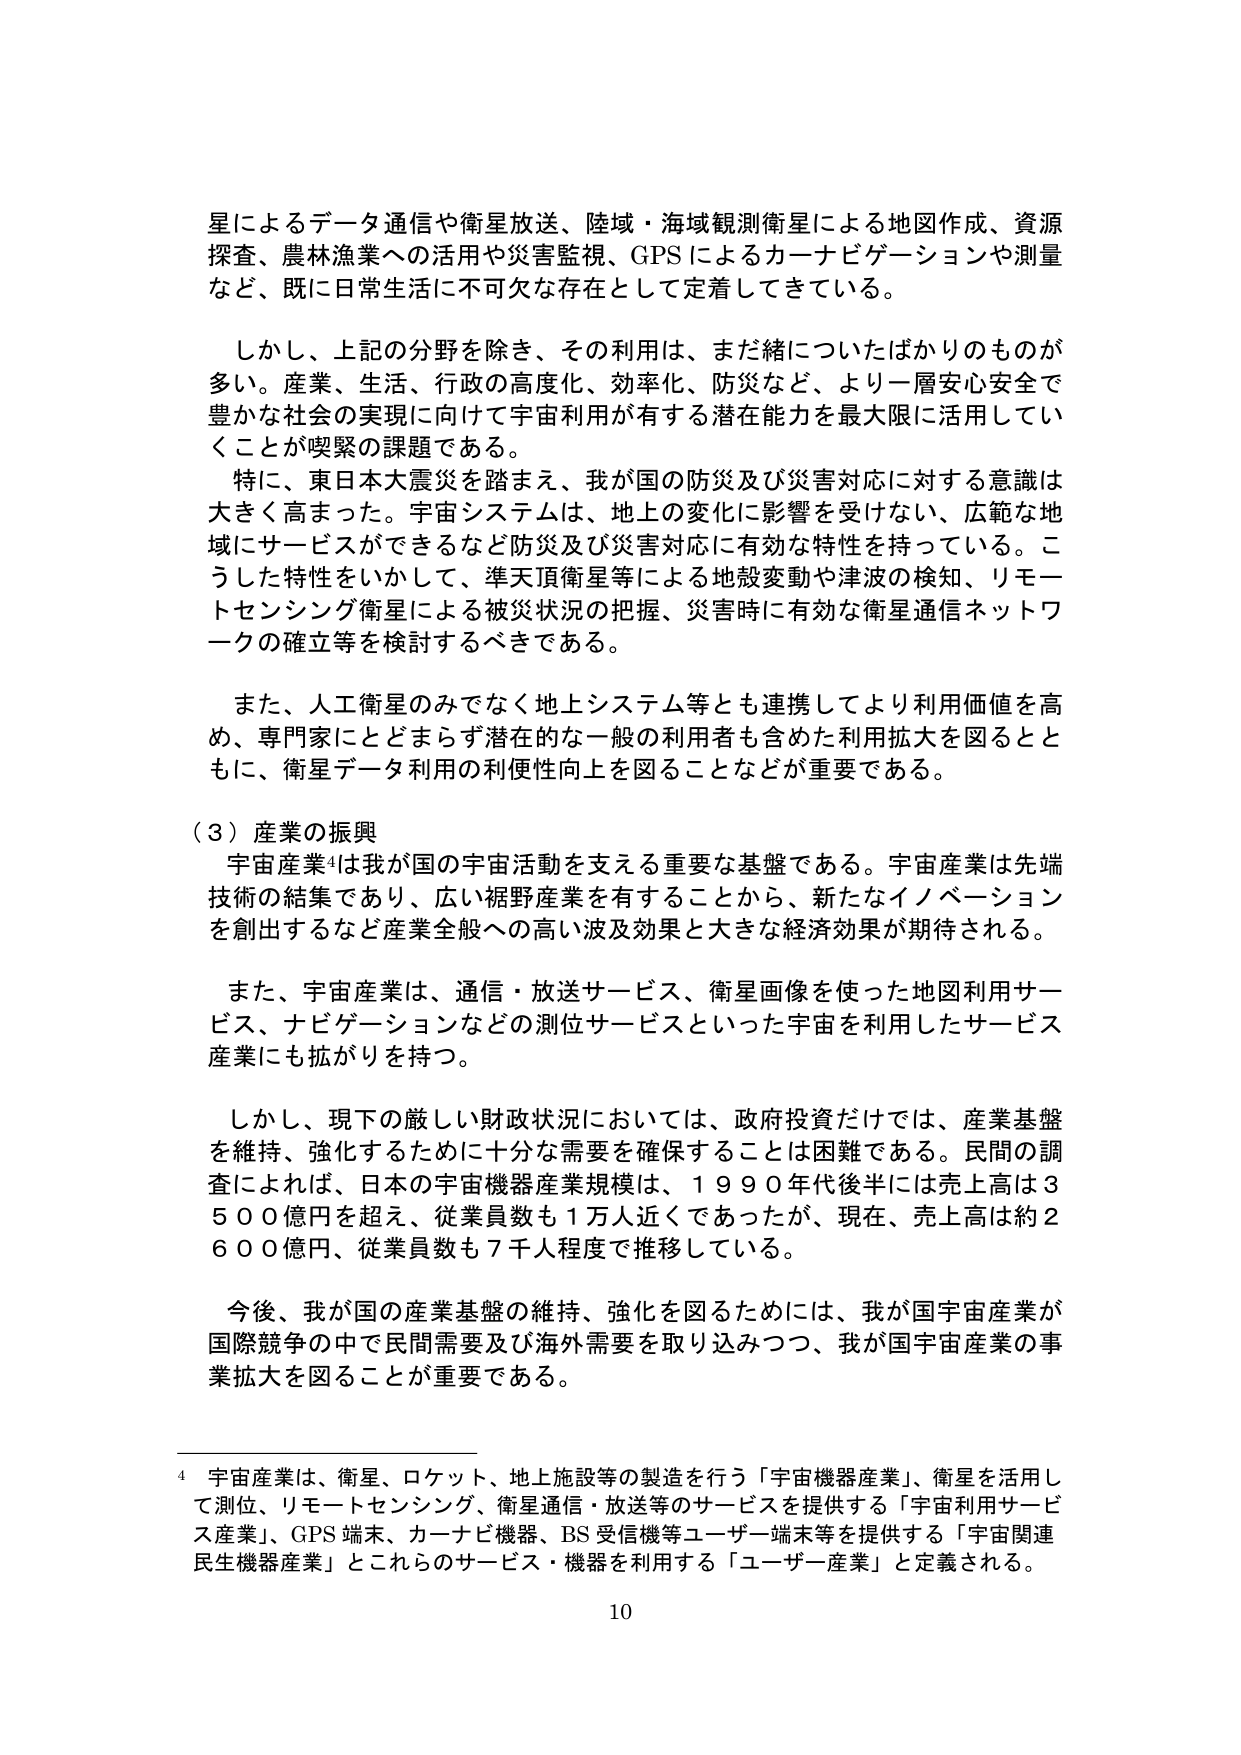
星によるデータ通信や衛星放送、陸域・海域観測衛星による地図作成、資源探査、農林漁業への活用や災害監視、GPSによるカーナビゲーションや測量など、既に日常生活に不可欠な存在として定着してきている。

しかし、上記の分野を除き、その利用は、まだ緒についたばかりのものが多い。産業、生活、行政の高度化、効率化、防災など、より一層安心安全で豊かな社会の実現に向けて宇宙利用が有する潜在能力を最大限に活用していくことが喫緊の課題である。

特に、東日本大震災を踏まえ、我が国の防災及び災害対応に対する意識は大きく高まった。宇宙システムは、地上の変化に影響を受けない、広範な地域にサービスができるなど防災及び災害対応に有効な特性を持っている。こうした特性をいかして、準天頂衛星等による地殻変動や津波の検知、リモートセンシング衛星による被災状況の把握、災害時に有効な衛星通信ネットワークの確立等を検討するべきである。

また、人工衛星のみでなく地上システム等とも連携してより利用価値を高め、専門家にとどまらず潜在的な一般の利用者も含めた利用拡大を図るとともに、衛星データ利用の利便性向上を図ることなどが重要である。

（３）産業の振興

宇宙産業⁴は我が国の宇宙活動を支える重要な基盤である。宇宙産業は先端技術の結集であり、広い裾野産業を有することから、新たなイノベーションを創出するなど産業全般への高い波及効果と大きな経済効果が期待される。

また、宇宙産業は、通信・放送サービス、衛星画像を使った地図利用サービス、ナビゲーションなどの測位サービスといった宇宙を利用したサービス産業にも拡がりを持つ。

しかし、現下の厳しい財政状況においては、政府投資だけでは、産業基盤を維持・強化するために十分な需要を確保することは困難である。民間の調査によれば、日本の宇宙機器産業規模は、１９９０年代後半には売上高は３５００億円を超え、従業員数も１万人近くであったが、現在、売上高は約２６００億円、従業員数も７千人程度で推移している。

今後、我が国の産業基盤の維持・強化を図るためには、我が国宇宙産業が国際競争の中で民間需要及び海外需要を取り込みつつ、我が国宇宙産業の事業拡大を図ることが重要である。

⁴ 宇宙産業は、衛星、ロケット、地上施設等の製造を行う「宇宙機器産業」、衛星を活用して測位、リモートセンシング、衛星通信・放送等のサービスを提供する「宇宙利用サービス産業」、GPS端末、カーナビ機器、BS受信機等ユーザー端末等を提供する「宇宙関連民生機器産業」とこれらのサービス・機器を利用する「ユーザー産業」と定義される。

10